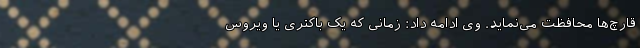
قارچ‌ها محافظت می‌نماید. وی ادامه داد: زمانی که یک باکتری یا ویروس